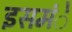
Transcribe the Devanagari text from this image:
इसमंे